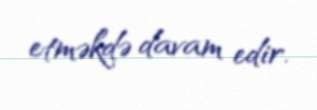
etməkdə davam edir.